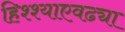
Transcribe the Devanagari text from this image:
हिश्श्याएवढ्या